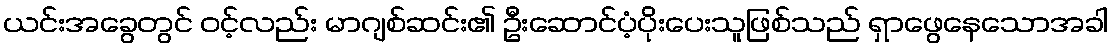
ယင်းအခွေတွင် ၀င့်လည်း မာဂျစ်ဆင်း၏ ဦးဆောင်ပံ့ပိုးပေးသူဖြစ်သည် ရှာဖွေနေသောအခါ